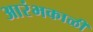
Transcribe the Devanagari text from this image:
आरंभकाळी